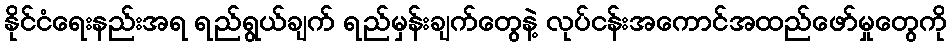
နိုင်ငံရေးနည်းအရ ရည်ရွယ်ချက် ရည်မှန်းချက်တွေနဲ့ လုပ်ငန်းအကောင်အထည်ဖော်မှုတွေကို